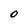
Character: 0